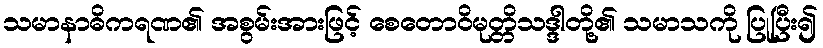
သမာနာဓိကရဏ၏ အစွမ်းအားဖြင့် စေတောဝိမုတ္တိသဒ္ဒါတို့၏ သမာသကို ပြုပြီး၍